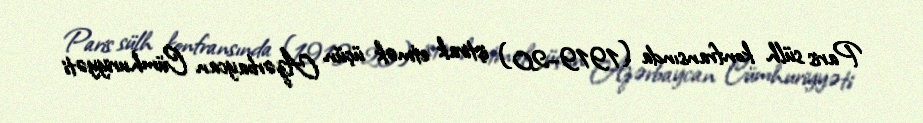
Paris sülh konfransında (1919–20) iştirak etmək üçün Azərbaycan Cümhuriyyəti